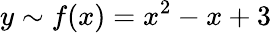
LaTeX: y\sim f(x)=x^{2}-x+3